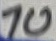
Text: 10